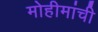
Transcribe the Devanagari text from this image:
मोहीमांची